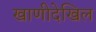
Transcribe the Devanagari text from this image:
खाणीदेखिल